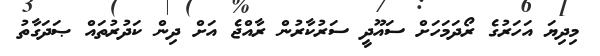
މިދިޔަ އަހަރުގެ ރޯދަމަހަށް ސައޫދީ ސަރުކާރުން ރާއްޖެ އަށް ދިން ކަދުރުތައް ޞަދަގާތު